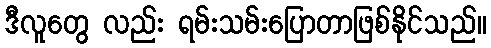
ဒီလူတွေ လည်း ရမ်းသမ်းပြောတာဖြစ်နိုင်သည်။